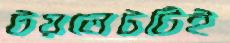
টয়লেটটিই